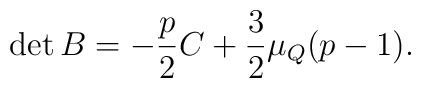
\det{B} = -\frac{p}{2} C +\frac{3}{2} \mu_Q (p-1).